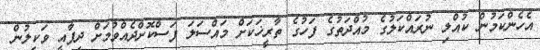
އެހެންކަމުން ކުއްލި ނުރައްކަލުގެ މުއްދަތުގެ ފަހުގެ ތާރީޚަކަށް މައްސަލަ ފަސްކޮށްދެއްވުމަށް ދިފާއީ ވަކީލުން